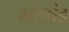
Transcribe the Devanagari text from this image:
भरभंड